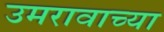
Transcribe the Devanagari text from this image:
उमरावाच्या